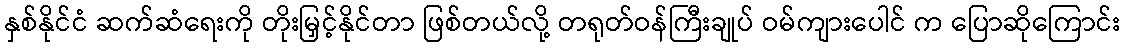
နှစ်နိုင်ငံ ဆက်ဆံရေးကို တိုးမြှင့်နိုင်တာ ဖြစ်တယ်လို့ တရုတ်ဝန်ကြီးချုပ် ဝမ်ကျားပေါင် က ပြောဆိုကြောင်း